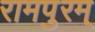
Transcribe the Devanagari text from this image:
रामपुरम्